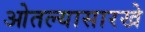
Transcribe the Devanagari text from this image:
ओतल्यासारखे